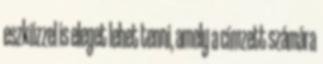
eszközzel is eleget lehet tenni, amely a címzett számára